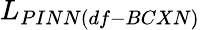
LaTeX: L_{PINN(df-BCXN)}